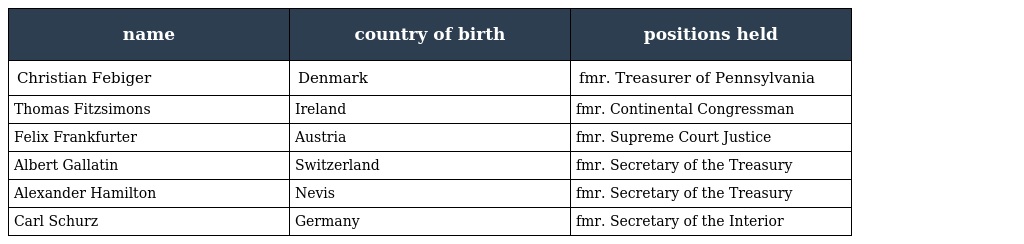
| name | country of birth | positions held |
 | --- | --- | --- |
 | Christian Febiger | Denmark | fmr. Treasurer of Pennsylvania |
 | Thomas Fitzsimons | Ireland | fmr. Continental Congressman |
 | Felix Frankfurter | Austria | fmr. Supreme Court Justice |
 | Albert Gallatin | Switzerland | fmr. Secretary of the Treasury |
 | Alexander Hamilton | Nevis | fmr. Secretary of the Treasury |
 | Carl Schurz | Germany | fmr. Secretary of the Interior |